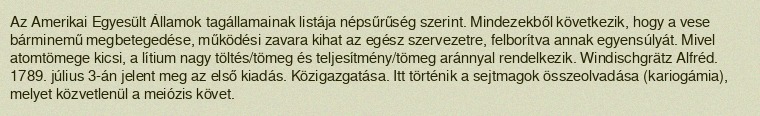
Az Amerikai Egyesült Államok tagállamainak listája népsűrűség szerint. Mindezekből következik, hogy a vese bárminemű megbetegedése, működési zavara kihat az egész szervezetre, felborítva annak egyensúlyát. Mivel atomtömege kicsi, a lítium nagy töltés/tömeg és teljesítmény/tömeg aránnyal rendelkezik. Windischgrätz Alfréd. 1789. július 3-án jelent meg az első kiadás. Közigazgatása. Itt történik a sejtmagok összeolvadása (kariogámia), melyet közvetlenül a meiózis követ.